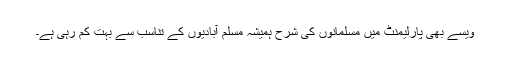
ویسے بھی پارلیمنٹ میں مسلمانوں کی شرح ہمیشہ مسلم آبادیوں کے تناسب سے بہت کم رہی ہے۔